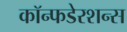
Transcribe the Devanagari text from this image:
कॉन्फडेरशन्स